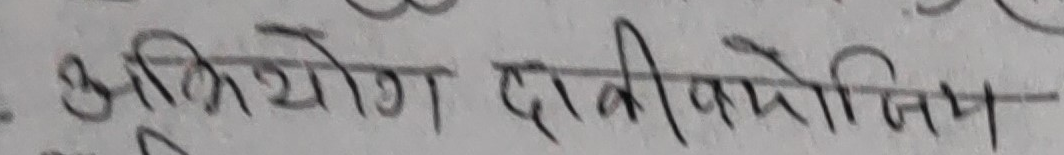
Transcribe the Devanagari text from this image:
अभियोग दाबीको नियम